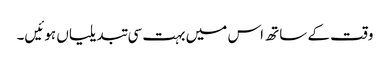
وقت کے ساتھ اس میں بہت سی تبدیلیاں ہوئیں۔